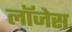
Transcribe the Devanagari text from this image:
लॉजेस